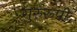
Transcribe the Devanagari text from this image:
गुरुरूपी